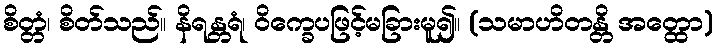
စိတ္တံ၊ စိတ်သည်။ နိရန္တရံ၊ ဝိက္ခေပဖြင့်မခြားမူ၍။ (သမာဟိတန္တိ အတ္ထော)